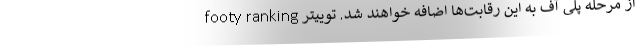
از مرحله پلی آف به این رقابت‌ها اضافه خواهند شد. توییتر footy ranking